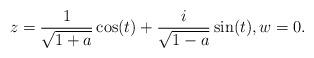
LaTeX: \begin{align*}z = \frac{1}{\sqrt{1+a}} \cos (t) + \frac{i}{\sqrt{1-a}} \sin(t), w = 0.\end{align*}